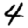
Digit: 4